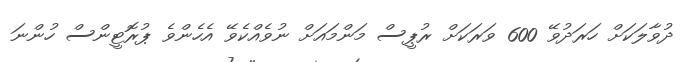
ދުވާލަކަށް ހަރަދުވޭ 600 ވަރަކަށް ރުޕީސް މަންމައަށް ނުވެއްކެވޭ އެހެންވެ ޕުރޮޓީންސް ހުންނަ